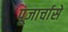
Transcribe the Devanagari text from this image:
पूजार्चासे